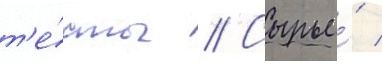
т'е́сты // Сырье́ /